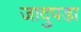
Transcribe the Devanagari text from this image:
जादुपडा